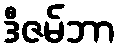
ဒီဇမ်ဘာ